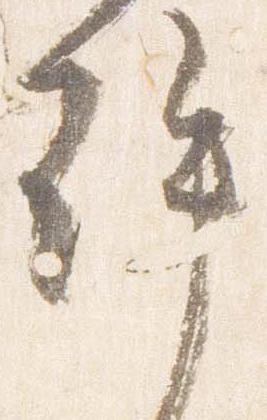
許